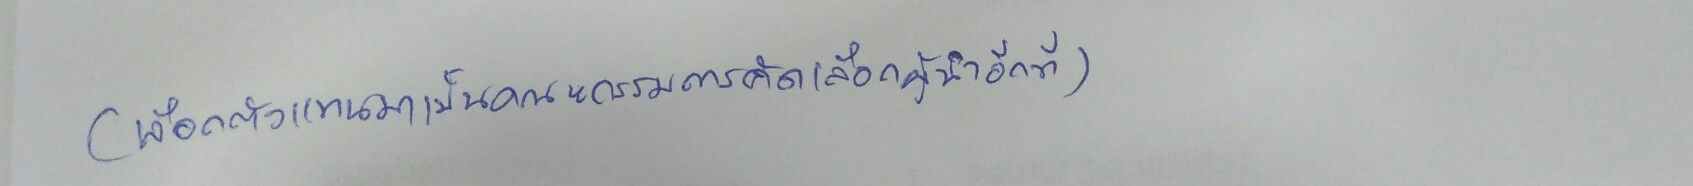
(เลือกตัวแทนมาเป็นคณะกรรมการคัดเลือกผู้นำอีกที)